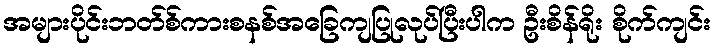
အများပိုင်းဘတ်စ်ကားစနစ်အခြေကျပြုလုပ်ပြီးပါက ဦးစိန်ရိုး စိုက်ကျင်း